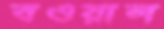
বওয়াল